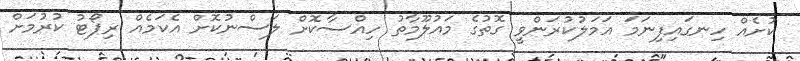
ކުށެއް ހިނގައިފިނަމަ އަމަލުކުރަންވީ ގޮތުގެ މައުލޫމާތު ހިއްސާކޮށް ލަސްނުކޮށް އެކަމެއް ރިޕޯޓު ކުރުމަށް